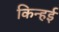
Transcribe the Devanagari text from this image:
किन्हई